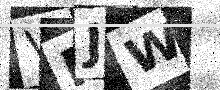
Text: VRJW